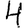
Digit: 4